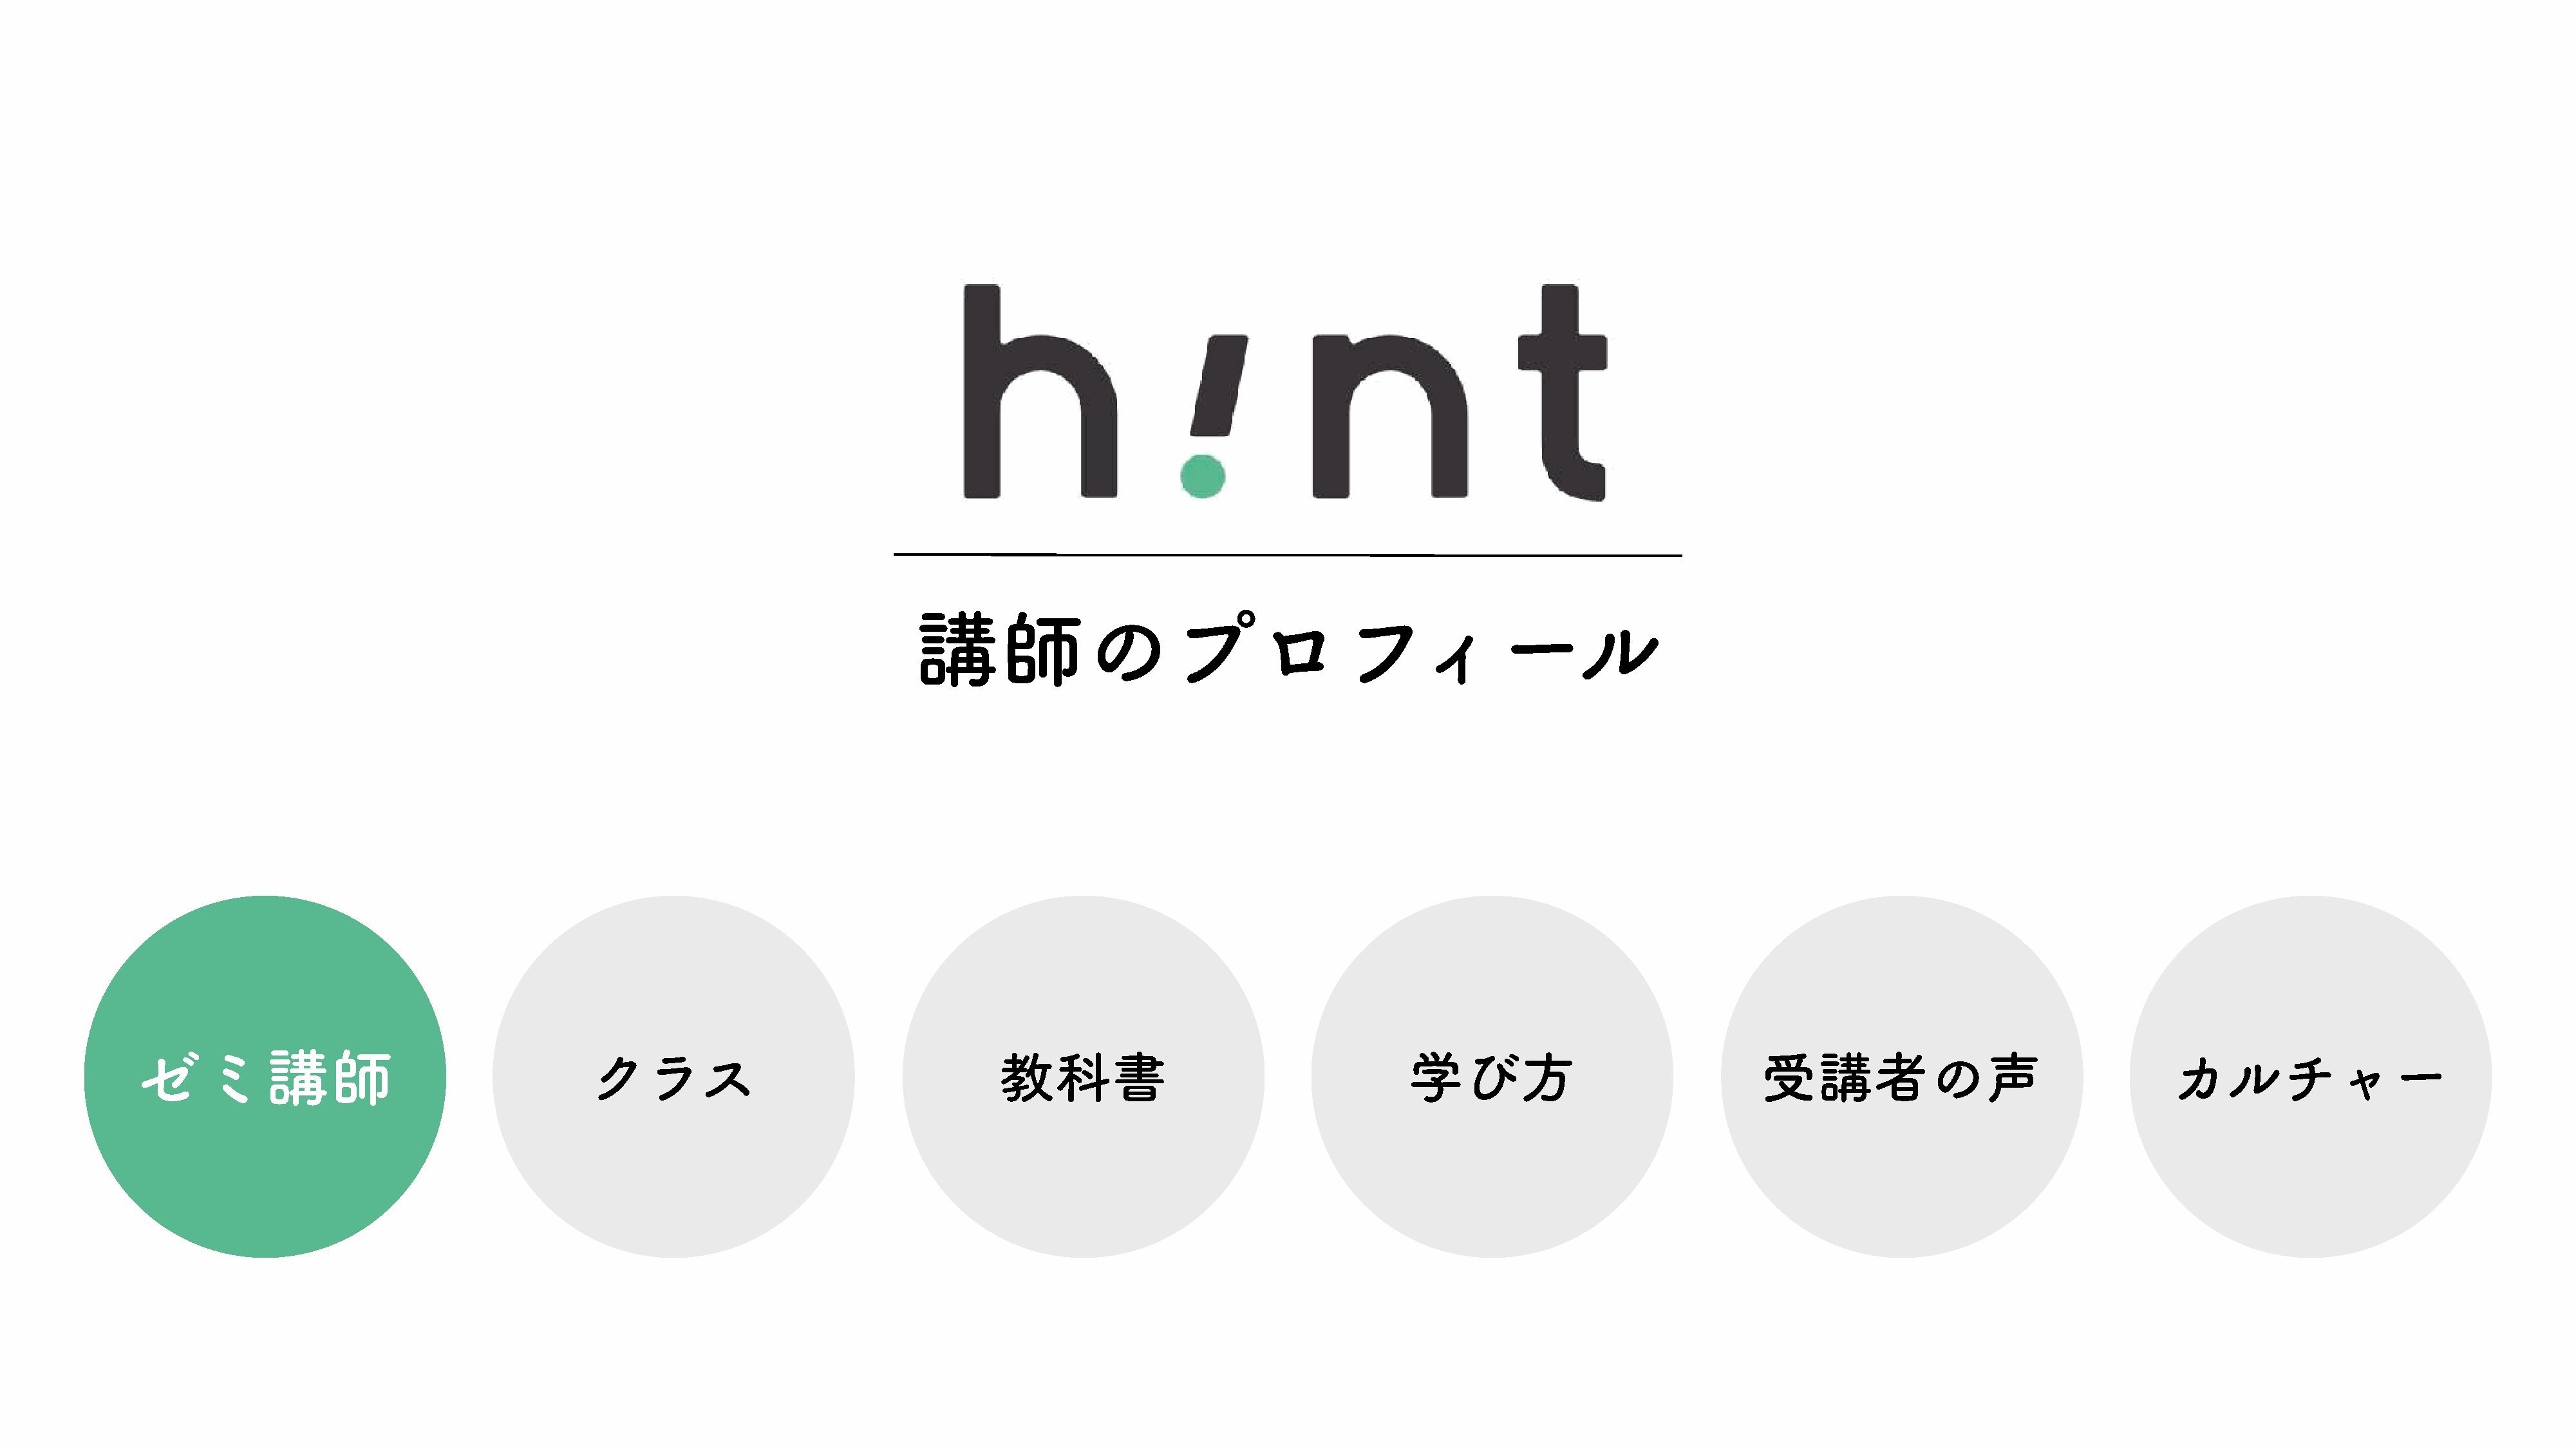
講師のプロフィール
 ゼミ講師                                           クラス                                       教科書                                       学び方                                 受講者の声                                     カルチャー